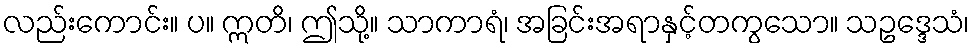
လည်းကောင်း။ ပ။ ဣတိ၊ ဤသို့။ သာကာရံ၊ အခြင်းအရာနှင့်တကွသော။ သဥဒ္ဒေသံ၊